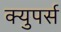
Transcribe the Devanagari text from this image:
क्युपर्स